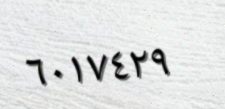
٦٠١٧٤٢٩